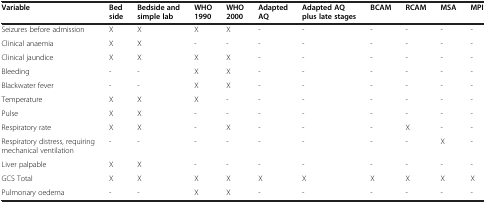
<table><thead><tr><td><b>Variable</b></td><td><b>Bed side</b></td><td><b>Bedside and simple lab</b></td><td><b>WHO 1990</b></td><td><b>WHO 2000</b></td><td><b>Adapted AQ</b></td><td><b>Adapted AQ plus late stages</b></td><td><b>BCAM</b></td><td><b>RCAM</b></td><td><b>MSA</b></td><td><b>MPI</b></td></tr></thead><tbody><tr><td>Seizures before admission</td><td>X</td><td>X</td><td>X</td><td>X</td><td>-</td><td>-</td><td>-</td><td>-</td><td>-</td><td>-</td></tr><tr><td>Clinical anaemia</td><td>X</td><td>X</td><td>-</td><td>-</td><td>-</td><td>-</td><td>-</td><td>-</td><td>-</td><td>-</td></tr><tr><td>Clinical jaundice</td><td>X</td><td>X</td><td>X</td><td>X</td><td>-</td><td>-</td><td>-</td><td>-</td><td>-</td><td>-</td></tr><tr><td>Bleeding</td><td>-</td><td>-</td><td>X</td><td>X</td><td>-</td><td>-</td><td>-</td><td>-</td><td>-</td><td>-</td></tr><tr><td>Blackwater fever</td><td>-</td><td>-</td><td>X</td><td>X</td><td>-</td><td>-</td><td>-</td><td>-</td><td>-</td><td>-</td></tr><tr><td>Temperature</td><td>X</td><td>X</td><td>X</td><td>-</td><td>-</td><td>-</td><td>-</td><td>-</td><td>-</td><td>-</td></tr><tr><td>Pulse</td><td>X</td><td>X</td><td>-</td><td>-</td><td>-</td><td>-</td><td>-</td><td>-</td><td>-</td><td>-</td></tr><tr><td>Respiratory rate</td><td>X</td><td>X</td><td>-</td><td>X</td><td>-</td><td>-</td><td>-</td><td>X</td><td>-</td><td>-</td></tr><tr><td>Respiratory distress, requiring mechanical ventilation</td><td>-</td><td>-</td><td>-</td><td>-</td><td>-</td><td>-</td><td>-</td><td>-</td><td>X</td><td>-</td></tr><tr><td>Liver palpable</td><td>X</td><td>X</td><td>-</td><td>-</td><td>-</td><td>-</td><td>-</td><td>-</td><td>-</td><td>-</td></tr><tr><td>GCS Total</td><td>X</td><td>X</td><td>X</td><td>X</td><td>X</td><td>X</td><td>X</td><td>X</td><td>X</td><td>X</td></tr><tr><td>Pulmonary oedema</td><td>-</td><td>-</td><td>X</td><td>X</td><td>-</td><td>-</td><td>-</td><td>-</td><td>-</td><td>-</td></tr></tbody></table>